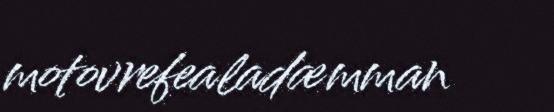
motovrefealadæmman